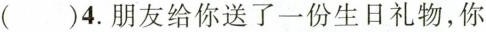
()4.朋友给你送了一份生日礼物,你